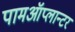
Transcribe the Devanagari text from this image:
पामऑप्लान्टर